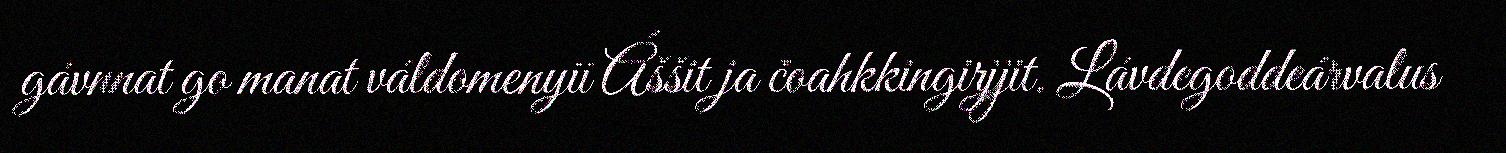
gávnnat go manat váldomenyii Áššit ja čoahkkingirjjit. Lávdegoddeárvalus